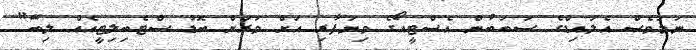
ނަމަވެސް އެލައިޑްގެ ސަބަބުން އެސްޓީއޯގެ ވިޔަފާރި އަށް ވަރަށް ބޮޑު ސްޓެބިލިޓީއެއް ލިބޭ"